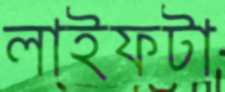
লাইফটা